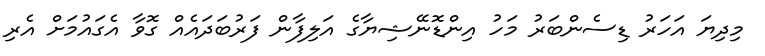
މިދިޔަ އަހަރު ޑިސެންބަރު މަހު އިންޑޮނޭޝިޔާގެ އަލިފާން ފަރުބަދައެއް ގޮވާ އެގައުމަށް އެރި